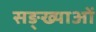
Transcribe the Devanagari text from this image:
सङ्ख्याअाें